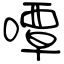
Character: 嘾